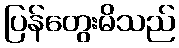
ပြန်တွေးမိသည်